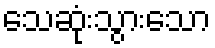
သေဆုံးသွားသော